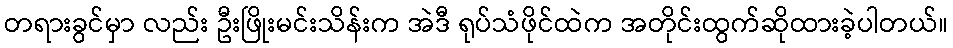
တရားခွင်မှာ လည်း ဦးဖြိုးမင်းသိန်းက အဲဒီ ရုပ်သံဖိုင်ထဲက အတိုင်းထွက်ဆိုထားခဲ့ပါတယ်။